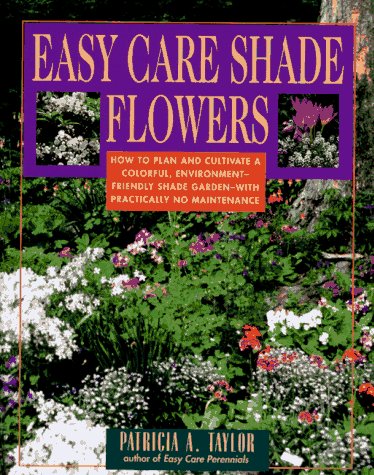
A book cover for Easy Care Shade Flowers; Patricia A. Taylor; Crafts, Hobbies & Home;